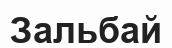
Зальбай